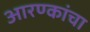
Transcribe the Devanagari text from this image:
आरण्कांचा